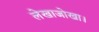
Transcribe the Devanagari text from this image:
लेखाजोखा।